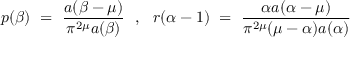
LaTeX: p ( \beta ) ~ = ~ \frac { a ( \beta - \mu ) } { \pi ^ { 2 \mu } a ( \beta ) } ~ ~ , ~ ~ r ( \alpha - 1 ) ~ = ~ \frac { \alpha a ( \alpha - \mu ) } { \pi ^ { 2 \mu } ( \mu - \alpha ) a ( \alpha ) }